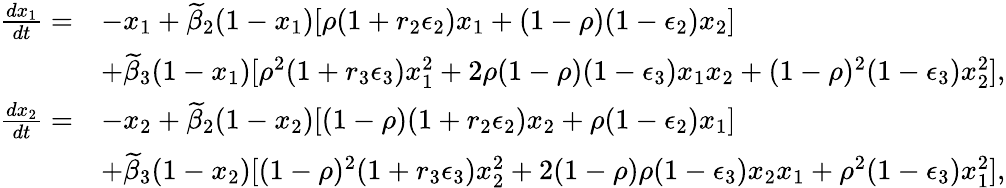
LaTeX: \begin{array}{rl}{\frac{dx_{1}}{dt}=}&{-x_{1}+\widetilde{\beta}_{2}(1-x_{1})[\rho(1+r_{2}\epsilon_{2})x_{1}+(1-\rho)(1-\epsilon_{2})x_{2}]}\\ &{+\widetilde{\beta}_{3}(1-x_{1})[\rho^{2}(1+r_{3}\epsilon_{3})x_{1}^{2}+2\rho(1-\rho)(1-\epsilon_{3})x_{1}x_{2}+(1-\rho)^{2}(1-\epsilon_{3})x_{2}^{2}],}\\ {\frac{dx_{2}}{dt}=}&{-x_{2}+\widetilde{\beta}_{2}(1-x_{2})[(1-\rho)(1+r_{2}\epsilon_{2})x_{2}+\rho(1-\epsilon_{2})x_{1}]}\\ &{+\widetilde{\beta}_{3}(1-x_{2})[(1-\rho)^{2}(1+r_{3}\epsilon_{3})x_{2}^{2}+2(1-\rho)\rho(1-\epsilon_{3})x_{2}x_{1}+\rho^{2}(1-\epsilon_{3})x_{1}^{2}],}\end{array}